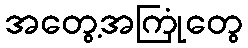
အတွေ့အကြုံတွေ